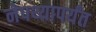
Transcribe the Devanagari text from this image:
नेपथ्यापर्यंत